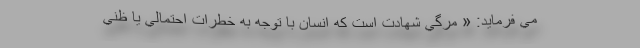
مي فرمايد: « مرگي شهادت است که انسان با توجه به خطرات احتمالي يا ظني